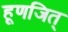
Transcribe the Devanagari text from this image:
हूणजित्‌